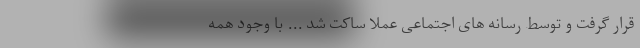
قرار گرفت و توسط رسانه های اجتماعی عملاً ساکت شد ... با وجود همه